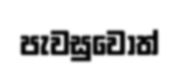
පැවසුවොත්